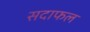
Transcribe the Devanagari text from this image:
सदाफल